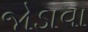
જોડાવા